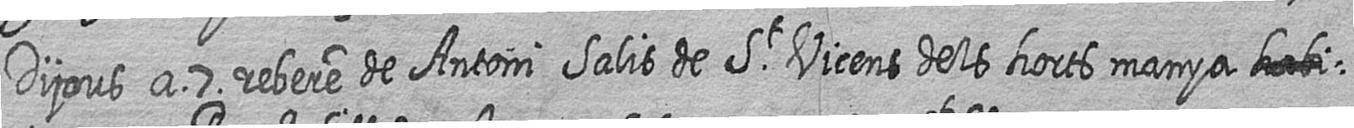
Dijous a 7 rebere de Antoni Salis de St Vicens dels horts manya #